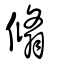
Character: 翛